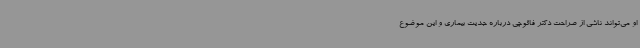
او می‌تواند ناشی از صراحت دکتر فائوچی درباره جدیت بیماری و این موضوع